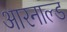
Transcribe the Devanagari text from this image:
आरनाल्ड